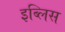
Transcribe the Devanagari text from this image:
इब्लिस